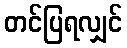
တင်ပြရလျှင်